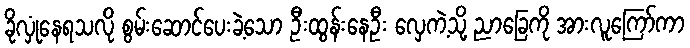
ခိုလှုံနေရသလို စွမ်းဆောင်ပေးခဲ့သော ဦးထွန်းနေဦး လှေကဲ့သို့ ညာခြေကို အားလူကြော်ကာ